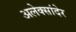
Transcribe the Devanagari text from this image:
अलेक्सांदेर